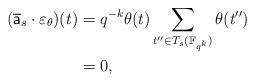
LaTeX: \begin{align*} (\overline{\mathsf{a}}_{s} \cdot \varepsilon_{\theta})(t) & = q^{-k}\theta(t)\sum_{t'' \in T_{s}(\mathbb{F}_{q^k})} \theta(t'')\\ & = 0,\end{align*}